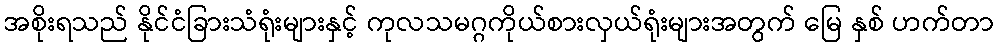
အစိုးရသည် နိုင်ငံခြားသံရုံးများနှင့် ကုလသမဂ္ဂကိုယ်စားလှယ်ရုံးများအတွက် မြေ နှစ် ဟက်တာ